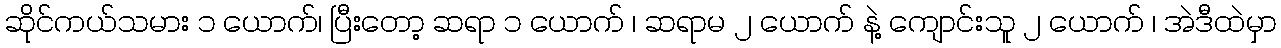
ဆိုင်ကယ်သမား ၁ ယောက်၊ ပြီးတော့ ဆရာ ၁ ယောက် ၊ ဆရာမ ၂ ယောက် နဲ့ ကျောင်းသူ ၂ ယောက် ၊ အဲဒီထဲမှာ